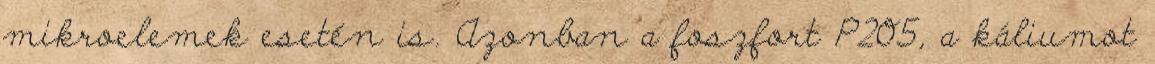
mikroelemek esetén is. Azonban a foszfort P2O5, a káliumot